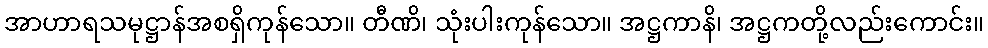
အာဟာရသမုဋ္ဌာန်အစရှိကုန်သော။ တီဏိ၊ သုံးပါးကုန်သော။ အဋ္ဌကာနိ၊ အဋ္ဌကတို့လည်းကောင်း။